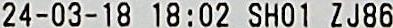
24-03-18 18:02 SHO1 ZJ86